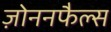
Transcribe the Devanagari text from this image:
ज़ोननफैल्स